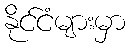
နိုင်ငံများမှာ